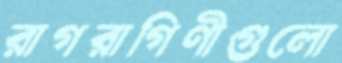
রাগরাগিণীগুলো